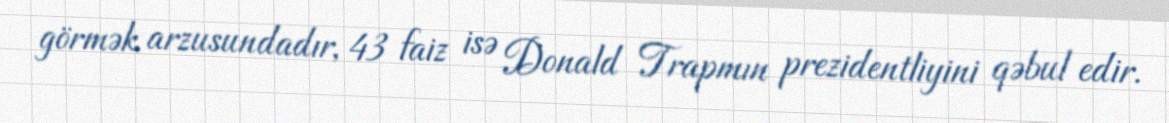
görmək arzusundadır, 43 faiz isə Donald Trapmın prezidentliyini qəbul edir.